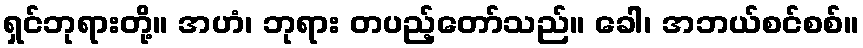
ရှင်ဘုရားတို့။ အဟံ၊ ဘုရား တပည့်တော်သည်။ ခေါ၊ အဘယ်စင်စစ်။